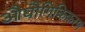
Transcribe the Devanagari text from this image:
औद्यौगिकिकरण